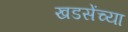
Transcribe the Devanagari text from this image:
खडसेंच्या